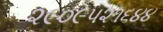
૨૯૦૯૫૨૧૬૪૪